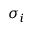
\sigma _ { i }